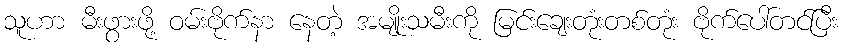
သူဟာ မီးဖွားဖို့ ဝမ်းဗိုက်နာ နေတဲ့ အမျိုးသမီးကို မြင်းချေးတုံးတစ်တုံး ဗိုက်ပေါ်တင်ပြီး